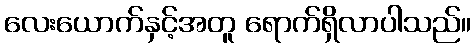
လေးယောက်နှင့်အတူ ရောက်ရှိလာပါသည်။